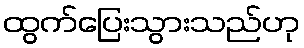
ထွက်ပြေးသွားသည်ဟု